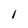
Character: I